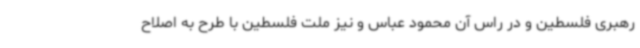
رهبری فلسطین و در راس آن محمود عباس و نیز ملت فلسطین با طرح به اصلاح